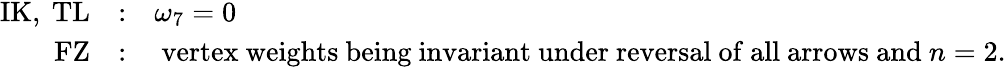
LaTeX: \begin{array}{rll}{{\mathrm{IK,~TL}}}&{{:}}&{{\omega_{7}=0}}\\ {{\mathrm{~FZ}}}&{{:}}&{{\mathrm{~vertex~weights~being~invariant~under~reversal~of~all~arrows~and~}n=2.}}\end{array}